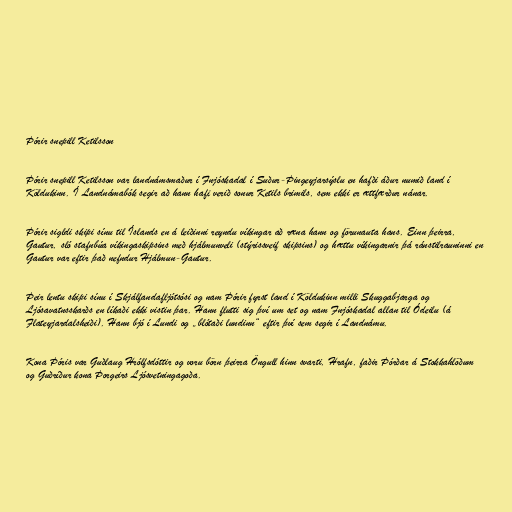
Þórir snepill Ketilsson

Þórir snepill Ketilsson var landnámsmaður í Fnjóskadal í Suður-Þingeyjarsýslu en hafði áður numið land í
Köldukinn. Í Landnámabók segir að hann hafi verið sonur Ketils brimils, sem ekki er ættfærður nánar.

Þórir sigldi skipi sínu til Íslands en á leiðinni reyndu víkingar að ræna hann og förunauta hans. Einn þeirra,
Gautur, sló stafnbúa víkingaskipsins með hjálmunveli (stýrissveif skipsins) og hættu víkingarnir þá ránstilrauninni en
Gautur var eftir það nefndur Hjálmun-Gautur.

Þeir lentu skipi sínu í Skjálfandafljótsósi og nam Þórir fyrst land í Köldukinn milli Skuggabjarga og
Ljósavatnsskarðs en líkaði ekki vistin þar. Hann flutti sig því um set og nam Fnjóskadal allan til Ódeilu (á
Flateyjardalsheiði). Hann bjó í Lundi og „blótaði lundinn“ eftir því sem segir í Landnámu.

Kona Þóris var Guðlaug Hrólfsdóttir og voru börn þeirra Öngull hinn svarti, Hrafn, faðir Þórðar á Stokkahlöðum
og Guðríður kona Þorgeirs Ljósvetningagoða.